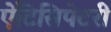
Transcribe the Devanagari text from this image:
ऐंटिसिपेटरी